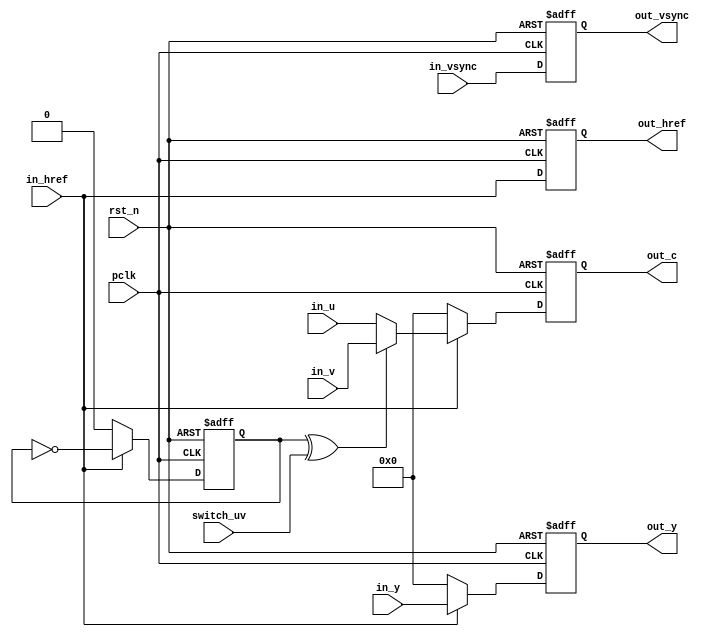
/*************************************************************************
    > File Name: vip_crop.v
    > Author: bxq
    > Mail: 544177215@qq.com
    > Created Time: 2022/06/11 
 ************************************************************************/
`timescale 1 ns / 1 ps

/*
 * VIP - YUV 444 to 422
 */

module vip_yuv444to422
#(
	parameter BITS = 8,
	parameter WIDTH = 1280,
	parameter HEIGHT = 960
)
(
	input pclk,
	input rst_n,

	input switch_uv,

	input in_href,
	input in_vsync,
	input [BITS-1:0] in_y,
	input [BITS-1:0] in_u,
	input [BITS-1:0] in_v,

	output out_href,
	output out_vsync,
	output [BITS-1:0] out_y,
	output [BITS-1:0] out_c
);

	reg pix_odd;
	always @ (posedge pclk or negedge rst_n) begin
		if (!rst_n)
			pix_odd <= 1'b0;
		else if (!in_href)
			pix_odd <= 1'b0;
		else
			pix_odd <= ~pix_odd;
	end
	
	reg [BITS-1:0] y_reg;
	reg [BITS-1:0] c_reg;
	always @ (posedge pclk or negedge rst_n) begin
		if (!rst_n) begin
			y_reg <= 0;
			c_reg <= 0;
		end
		else if (!in_href) begin
			y_reg <= 0;
			c_reg <= 0;
		end
		else begin
			y_reg <= in_y;
			c_reg <= (pix_odd ^ switch_uv) ? in_v : in_u;
		end
	end

	reg href_reg, vsync_reg;
	always @ (posedge pclk or negedge rst_n) begin
		if (!rst_n) begin
			href_reg  <= 1'b0;
			vsync_reg <= 1'b0;
		end
		else begin
			href_reg  <= in_href;
			vsync_reg <= in_vsync;
		end
	end

	assign out_href = href_reg;
	assign out_vsync = vsync_reg;
	assign out_y = y_reg;
	assign out_c = c_reg;
endmodule